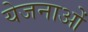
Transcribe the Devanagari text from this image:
येजनाओं